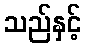
သည်နှင့်